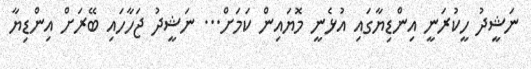
ނަޝީދު ހީކުރަނީ އިންޑިޔާގައި އުޅެނީ މޮޔައިން ކަމަށް... ނަޝީދު ޖަހާހައި ބޭރަށް އިންޑިޔާ